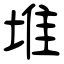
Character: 堆